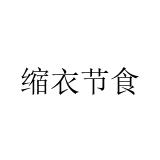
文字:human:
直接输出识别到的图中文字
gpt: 缩衣节食